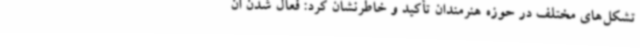
تشکل‌های مختلف در حوزه هنرمندان تأکید و خاطرنشان کرد: فعال شدن ان